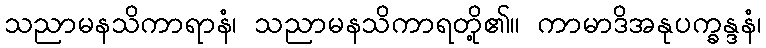
သညာမနသိကာရာနံ၊ သညာမနသိကာရတို့၏။ ကာမာဒိအနုပက္ခန္ဒနံ၊